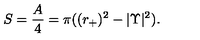
S = { \frac { A } { 4 } } = \pi ( ( r _ { + } ) ^ { 2 } - | \Upsilon | ^ { 2 } ) .